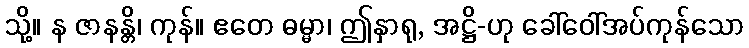
သို့။ န ဇာနန္တိ၊ ကုန်။ ဧတေ ဓမ္မာ၊ ဤနှာရု, အဋ္ဌိ-ဟု ခေါ်ဝေါ်အပ်ကုန်သော